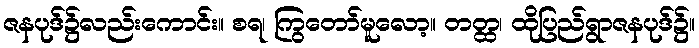
ဇနပုဒ်၌လည်းကောင်း။ စရ၊ ကြွတော်မူလော့။ တတ္ထ၊ ထိုပြည်ရွာဇနပုဒ်၌။